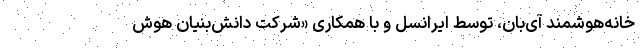
خانه‌هوشمند آی‌بان، توسط ایرانسل و با همکاری «شرکت دانش‌بنیان هوش